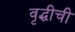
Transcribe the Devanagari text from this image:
वृद्धीची